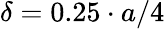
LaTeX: \delta=0.25\cdot a/4